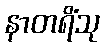
နာတရိံသု